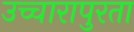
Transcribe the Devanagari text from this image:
उच्चारापुरता